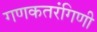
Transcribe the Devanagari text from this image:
गणकतरंगिणी